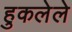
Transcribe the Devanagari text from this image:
हुकलेले